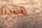
مهذبا